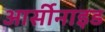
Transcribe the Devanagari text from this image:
आर्सीनाइड